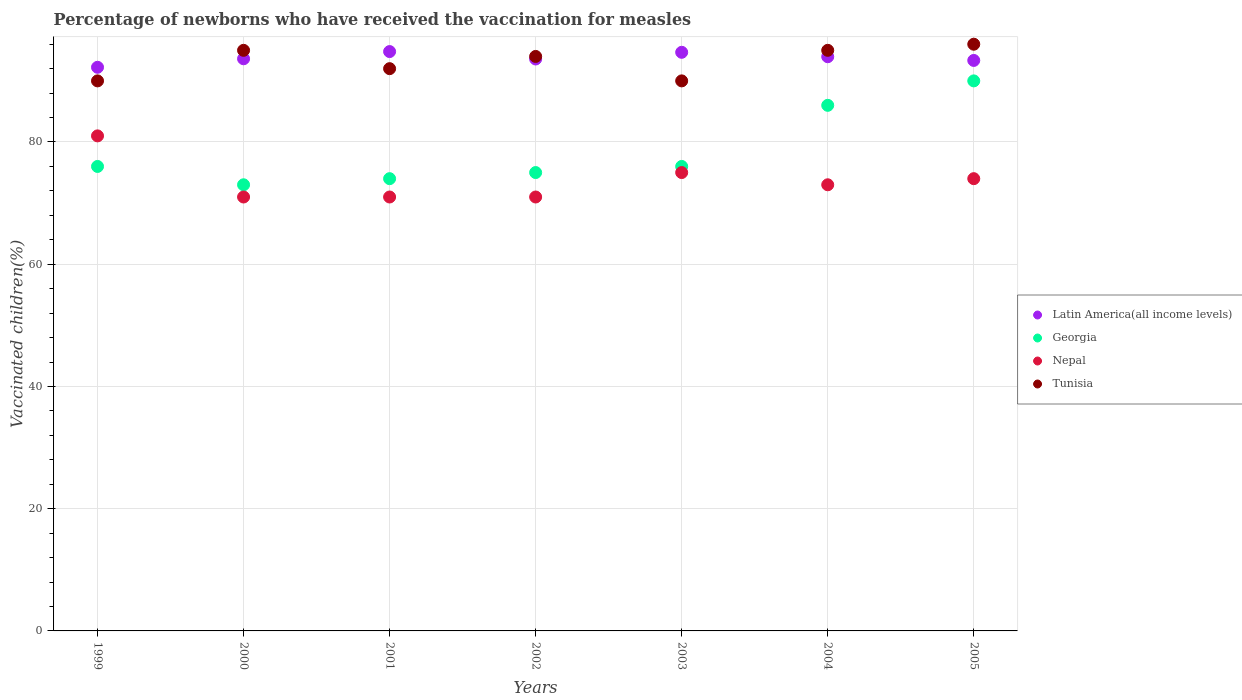
| Years | Latin America(all income levels) | Georgia | Nepal | Tunisia |
 | --- | --- | --- | --- | --- |
 | 1999 | 92.2 | 76 | 81 | 90 |
 | 2000 | 93.6 | 73 | 71 | 95 |
 | 2001 | 94.8 | 74 | 71 | 92 |
 | 2002 | 93.6 | 75 | 71 | 94 |
 | 2003 | 94.7 | 76 | 75 | 90 |
 | 2004 | 94 | 86 | 73 | 95 |
 | 2005 | 93.3 | 90 | 74 | 96 |